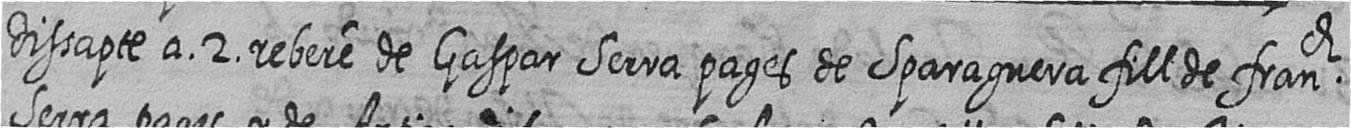
dissapte a 2 rebere de Gaspar Serra pages de Sparaguera fill de franch